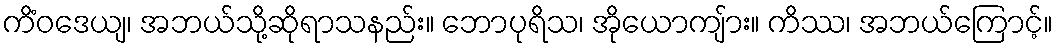
ကိံဝဒေယျ၊ အဘယ်သို့ဆိုရာသနည်း။ ဘောပုရိသ၊ အိုယောကျ်ား။ ကိဿ၊ အဘယ်ကြောင့်။